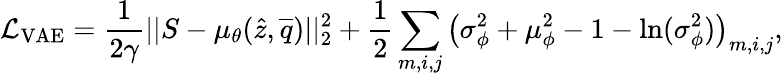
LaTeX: \mathcal{L}_{\mathrm{VAE}}=\frac{1}{2\gamma}||S-\mu_{\theta}(\hat{z},\overline{{q}})||_{2}^{2}+\frac{1}{2}\sum_{m,i,j}\left(\sigma_{\phi}^{2}+\mu_{\phi}^{2}-1-\ln(\sigma_{\phi}^{2})\right)_{m,i,j},